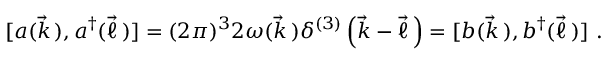
[ a ( \vec { k } \, ) , a ^ { \dagger } ( \vec { \ell } \, ) ] = ( 2 \pi ) ^ { 3 } 2 \omega ( \vec { k } \, ) \delta ^ { ( 3 ) } \left( \vec { k } - \vec { \ell } \, \right) = [ b ( \vec { k } \, ) , b ^ { \dagger } ( \vec { \ell } \, ) ] \ .